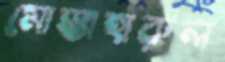
মোস্তাহারুল